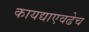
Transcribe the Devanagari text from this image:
कायद्याएवढेच